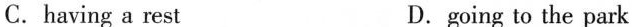
C.having a rest D.going to the park